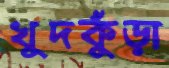
খুদকুঁড়া